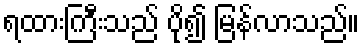
ရထားကြီးသည် ပို၍ မြန်လာသည်။